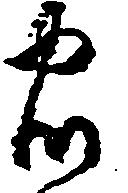
忠